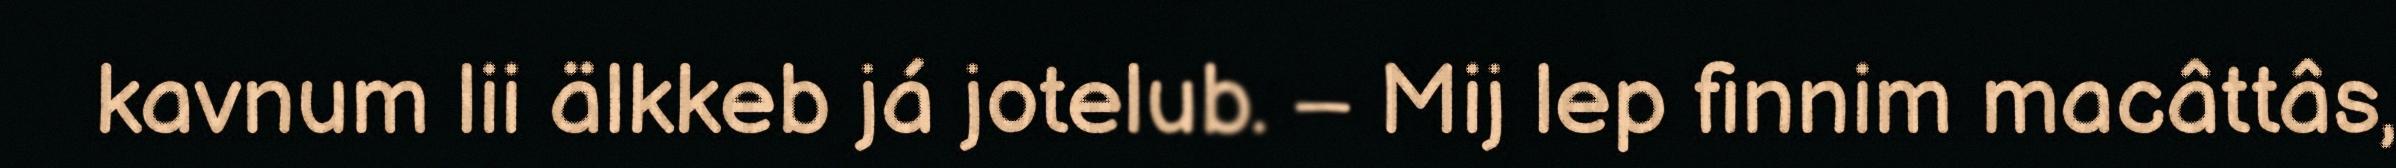
kavnum lii älkkeb já jotelub. – Mij lep finnim macâttâs,